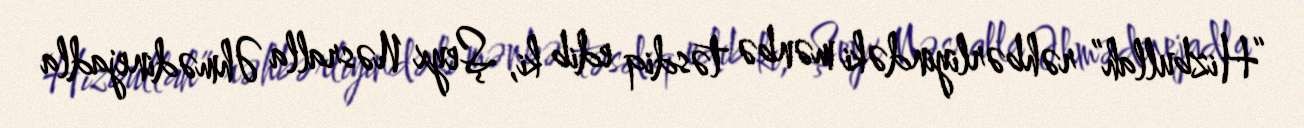
“Hizbullah” rəhbərliyindəki mənbə təsdiq edib ki, Şeyx Nəsralla Əhmədinejadla